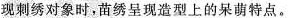
现刺绣对象时，苗绣呈现造型上的呆萌特点。